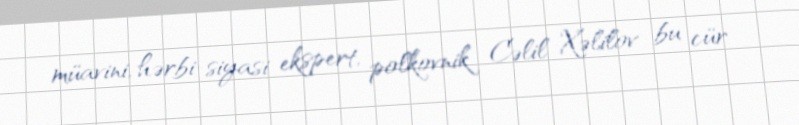
müavini, hərbi-siyasi ekspert, polkovnik Cəlil Xəlilov bu cür